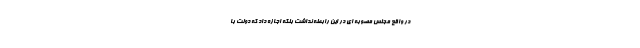
در واقع مجلس مصوبه ای در این رابطه نداشت بلکه اجازه داد که دولت با